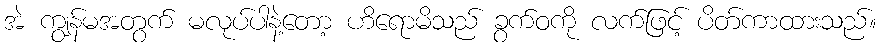
အဲ ကျွန်မအတွက် မလုပ်ပါနဲ့တော့ ဟိရောမိသည် ခွက်ဝကို လက်ဖြင့် ပိတ်ကာထားသည်။